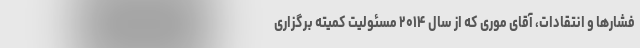
فشارها و انتقادات، آقای موری که از سال ۲۰۱۴ مسئولیت کمیته برگزاری